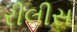
રીલીસ